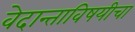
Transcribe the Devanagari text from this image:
वेदान्ताविषयीचा